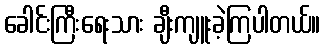
ခေါင်းကြီးရေးသား ချီးကျူးခဲ့ကြပါတယ်။